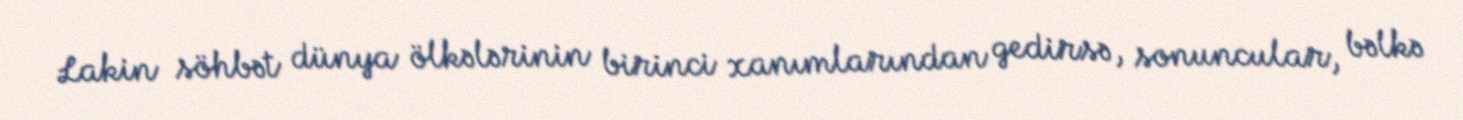
Lakin söhbət dünya ölkələrinin birinci xanımlarından gedirsə, sonuncular, bəlkə